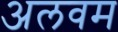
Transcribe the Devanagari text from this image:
अलवम